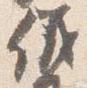
儀